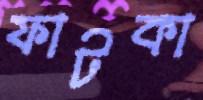
ফাটকা